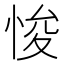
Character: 悛